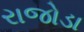
રાજોડા